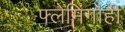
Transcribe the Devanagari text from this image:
फ्लेमिंगोही